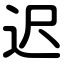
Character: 迟